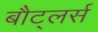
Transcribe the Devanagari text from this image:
बौट्लर्स